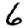
Digit: 6